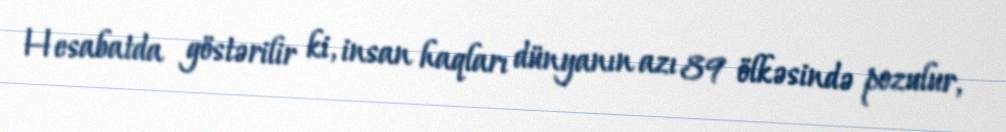
Hesabatda göstərilir ki, insan haqları dünyanın azı 89 ölkəsində pozulur,